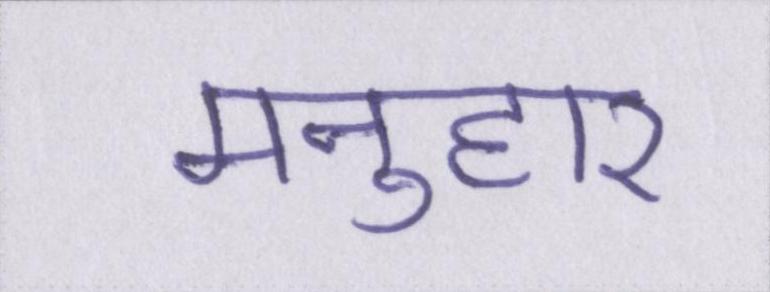
मनुहार